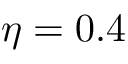
\eta = 0 . 4